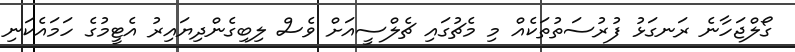
ގޯލްޖަހާނެ ރަނގަޅު ފުރުސަތުތަކެއް މި މެޗުގައި ޗެލްސީއަށް ވެސް ލިބިގެންދިޔައިރު އެޓީމުގެ ހަމައެކަނި